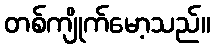
တစ်ကျိုက်မော့သည်။